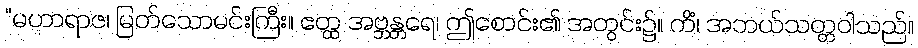
“မဟာရာဇ၊ မြတ်သောမင်းကြီး။ ဧတ္ထ အဗ္ဘန္တရေ၊ ဤစောင်း၏ အတွင်း၌။ ကိံ၊ အဘယ်သတ္တဝါသည်။